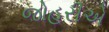
જોહરીએ